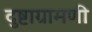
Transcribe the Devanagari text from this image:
दुष्टाग्रामणी